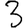
Digit: 3